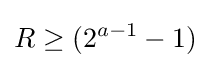
R\geq (2^{a-1}-1)